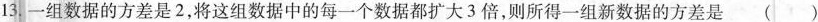
13.一组数据的方差是2，将这组数据中的每一个数据都扩大3倍，则所得一组新数据的方差是( )